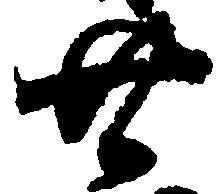
廿